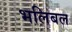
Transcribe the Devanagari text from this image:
भलिबल